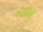
જોડાણી